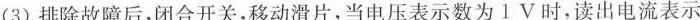
(3)排除故障后，闭合开关，移动滑片，当电压表示数为1V时，读出电流表示